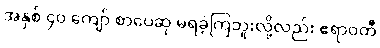
အနှစ် ၄၀ ကျော် စာပေဆု မရခဲ့ကြဘူးလို့လည်း ဧရာဝတီ